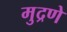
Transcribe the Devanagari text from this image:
मुद्रणे